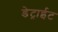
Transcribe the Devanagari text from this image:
डेट्राईट